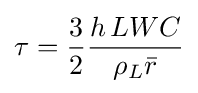
\tau ={\frac {3}{2}}{\frac {h\,LWC}{\rho _{L}{\bar {r}}}}